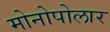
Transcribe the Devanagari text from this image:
मोनोपोलार